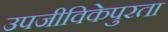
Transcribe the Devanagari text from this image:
उपजीविकेपुरता